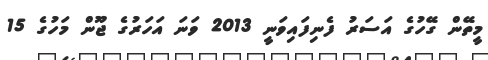
މީތޭން ގޭހުގެ އަސަރު ފެނިފައިވަނީ 2013 ވަނަ އަހަރުގެ ޖޫން މަހުގެ 15